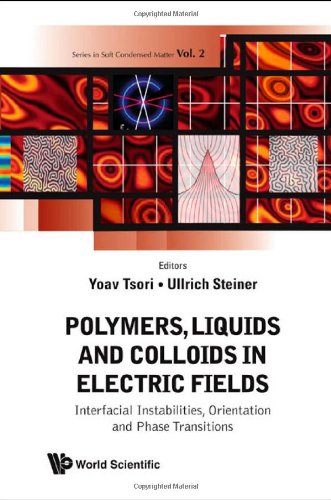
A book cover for Polymers, Liquids And Colloids In Electric Fields (Series in Soft Condensed Matter); Yoav Tsori; Science & Math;